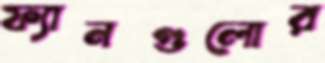
ফ্যানগুলোর